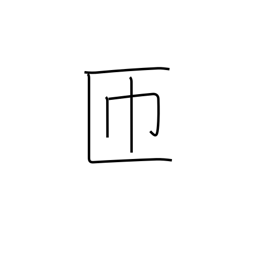
Meaning: go around